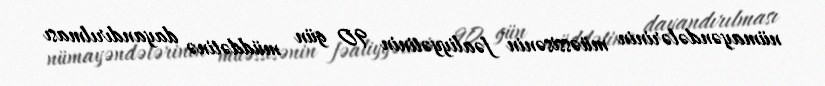
nümayəndələrinin müəssisənin fəaliyyətinin 90 gün müddətinə dayandırılması